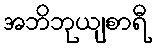
အဘိဘုယျစာရီ